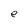
Character: e